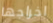
اخراجها